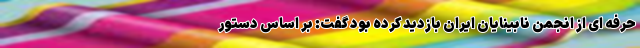
حرفه ای از انجمن نابینایان ایران بازديد كرده بود گفت: بر اساس دستور